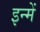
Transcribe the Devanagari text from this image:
इन्‍में